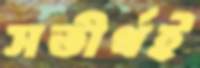
সতীর্থই